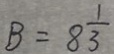
B = 8 \frac { 1 } { 3 }